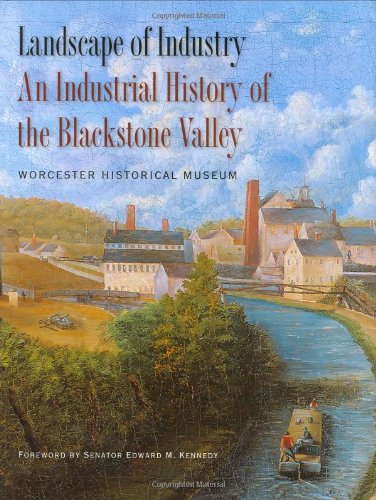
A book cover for Landscape of Industry: An Industrial History of the Blackstone Valley; Worcester Historical Museum; Business & Money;